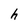
Character: h